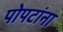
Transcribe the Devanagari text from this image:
पोपटांना